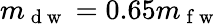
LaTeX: m_{\mathrm{~d~w~}}=0.65m_{\mathrm{~f~w~}}